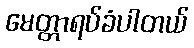
မေတ္တာရပ်ခံပါတယ်